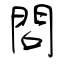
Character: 問